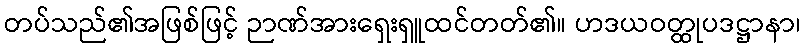
တပ်သည်၏အဖြစ်ဖြင့် ဉာဏ်အားရှေးရှူထင်တတ်၏။ ဟဒယဝတ္ထုပဒဋ္ဌာနာ၊